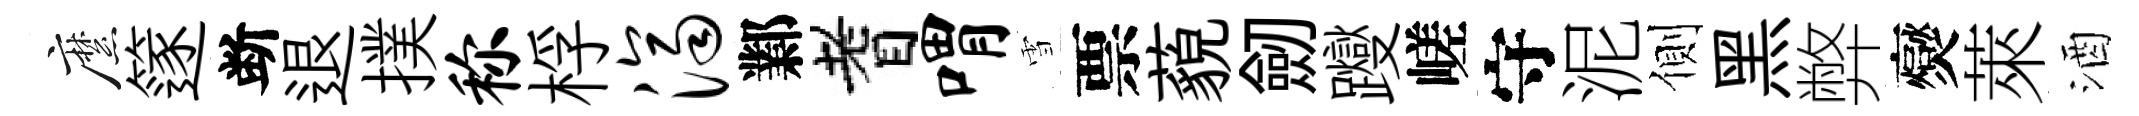
縻篴断退撲称桴济鄴耆喟雪票藐劒躞嵯守泥側黑弊爕萊酒